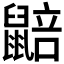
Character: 𮮮